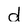
Character: d